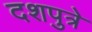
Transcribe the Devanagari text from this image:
दशपुत्रे